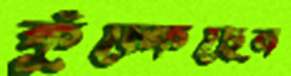
কুঁচ্‌কেছেন